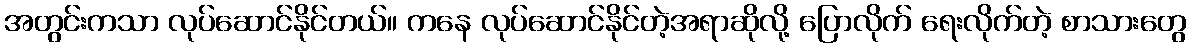
အတွင်းကသာ လုပ်ဆောင်နိုင်တယ်။ ကနေ လုပ်ဆောင်နိုင်တဲ့အရာဆိုလို့ ပြောလိုက် ရေးလိုက်တဲ့ စာသားတွေ